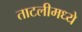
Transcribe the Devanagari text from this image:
ताटलीमध्ये